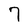
Character: 7